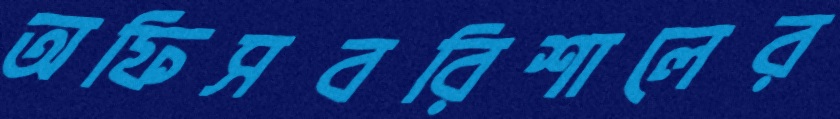
অফিসবরিশালের